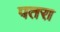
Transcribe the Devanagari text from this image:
पतरा